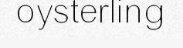
oysterling